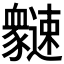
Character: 𲆍